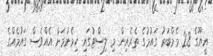
އީޔޫގެ 28 މެމްބަރު ގައުމުގެ ތެރެއިން މި ލިސްޓުގައި ހިމެނުމަށް އެއްވެސް ގައުމެއްގެ